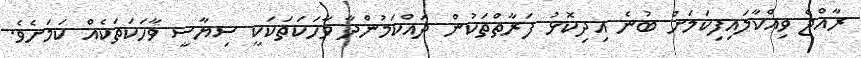
ރާއްޖެ ވިއްކާލައިފިކަމަށް ބުނެ އިދިކޮޅު ފަރާތްތަކުން ދައްކަމުންދާ ވާހަކަތަކަކީ ސިޔާސީ ވާހަކަތަކެއް ކަމަށެވެ.